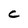
Character: C